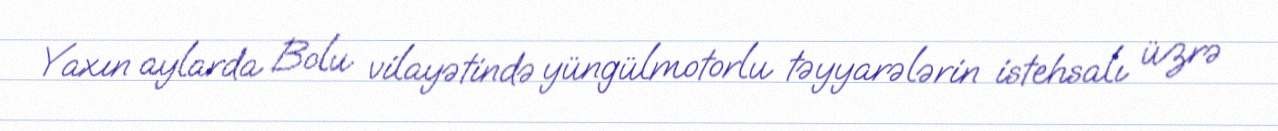
Yaxın aylarda Bolu vilayətində yüngülmotorlu təyyarələrin istehsalı üzrə